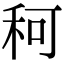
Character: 𥞍